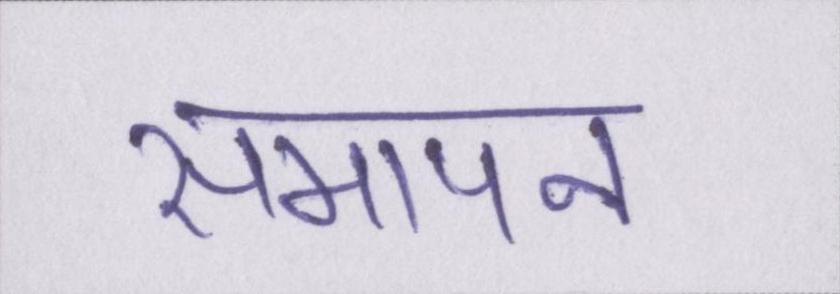
समापन